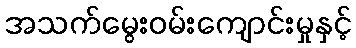
အသက်မွေးဝမ်းကျောင်းမှုနှင့်